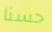
حسنا